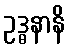
ဥဒ္ဓနာနိ